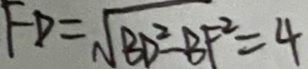
F D = \sqrt { B D ^ { 2 } - B F ^ { 2 } } = 4